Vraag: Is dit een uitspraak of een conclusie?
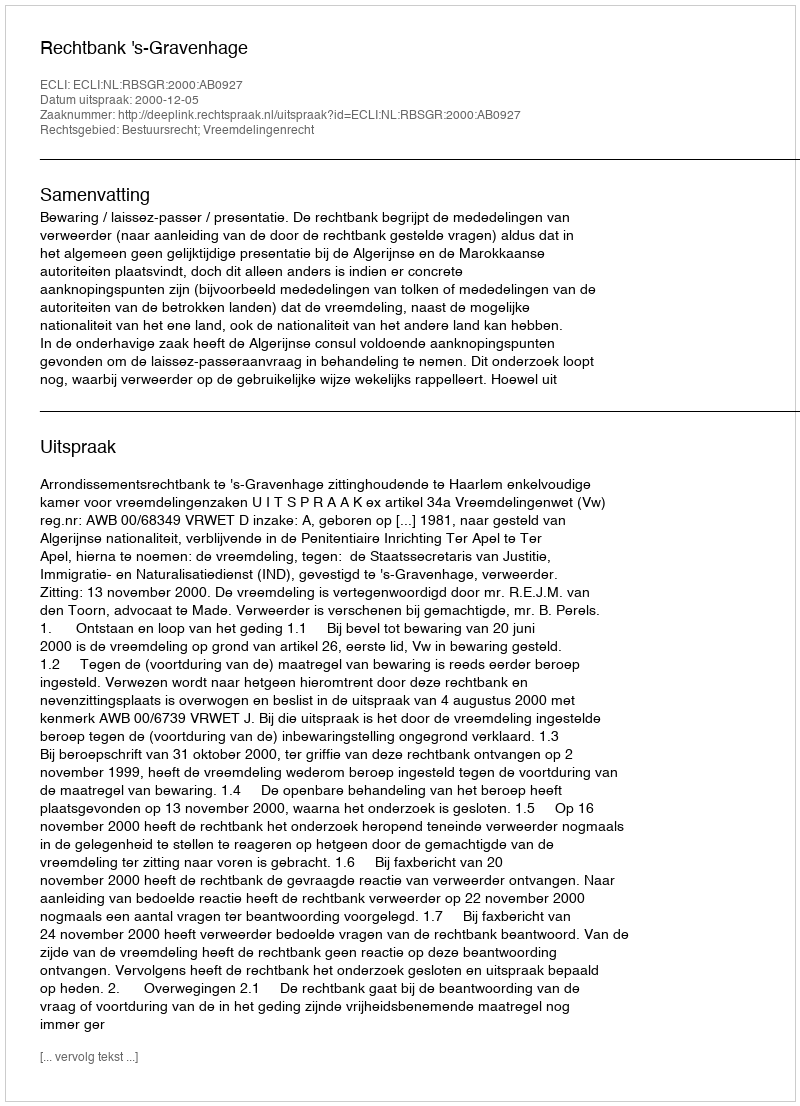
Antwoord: Uitspraak